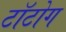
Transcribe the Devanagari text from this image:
टॉटोग